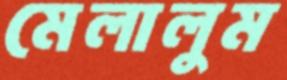
মেলালুম